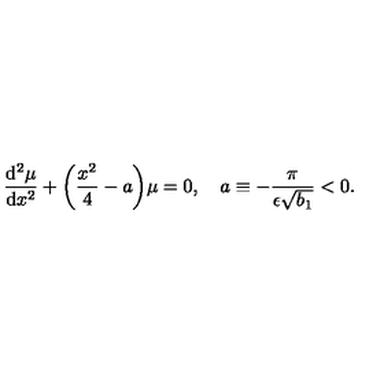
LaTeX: \frac { \mathrm { d } ^ { 2 } \mu } { \mathrm { d } x ^ { 2 } } + \biggl ( \frac { x ^ { 2 } } { 4 } - a \biggr ) \mu = 0 , \quad a \equiv - \frac { \pi } { \epsilon \sqrt { b _ { 1 } } } < 0 .